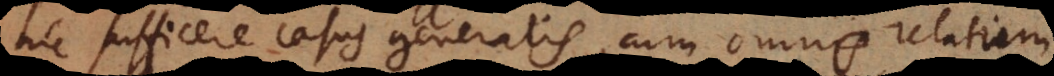
hic sufficere casus generalis, cum omne relatum